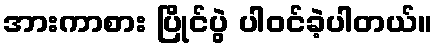
အားကာစား ပြိုင်ပွဲ ပါဝင်ခဲ့ပါတယ်။